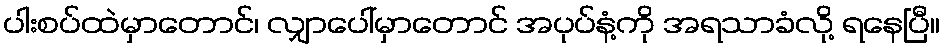
ပါးစပ်ထဲမှာတောင်၊ လျှာပေါ်မှာတောင် အပုပ်နံ့ကို အရသာခံလို့ ရနေပြီ။